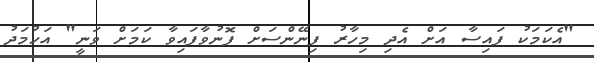
"އެކަމަކު ފައިސާ އަށް އެދި މިހާރު ފިނޭންސަށް ފޮނުވާފައިވާ ކަމަށް ވަނީ" އަހުމަދު